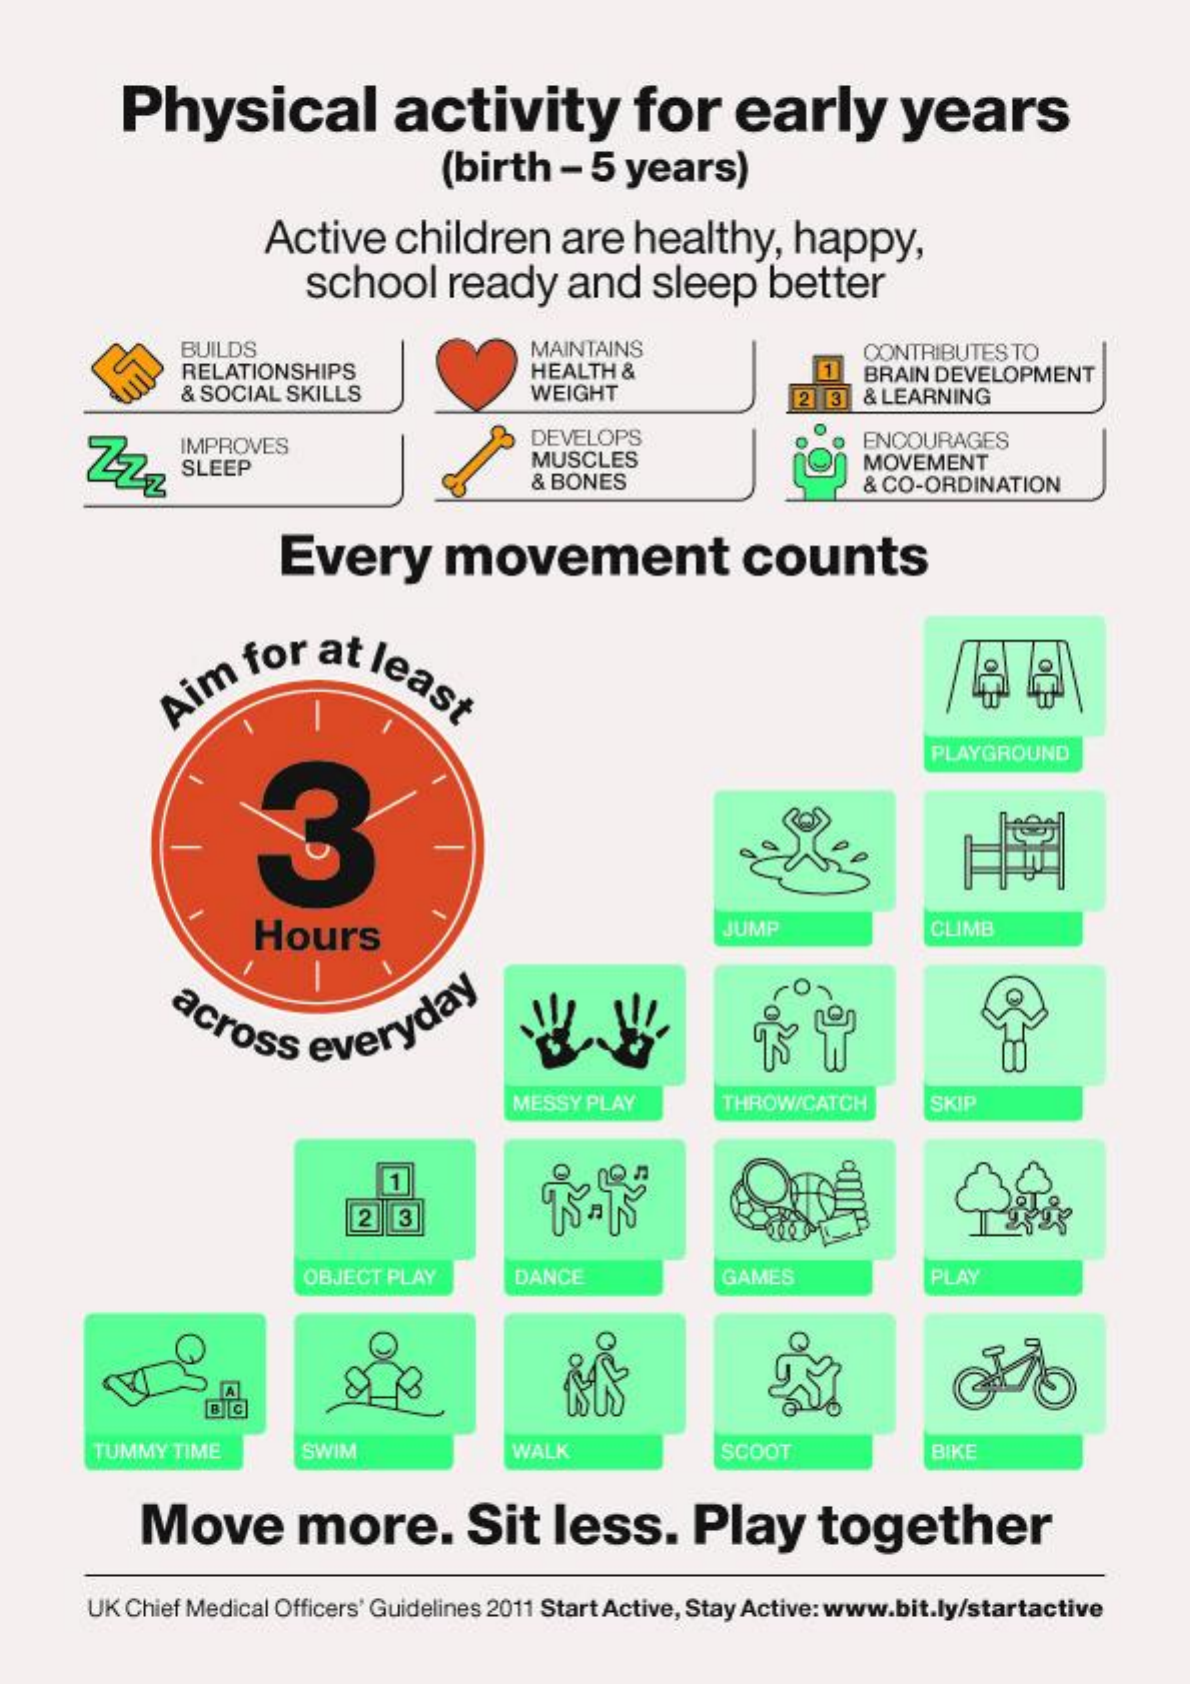
Physical    activity    for    early    years
     (birth   -  5 years)
     Active    children    are  healthy,    happy,
     school    ready    and    sleep    better
     BUILDS
     RELATIONSHIPS
     MAINTAINS    CONTRIBUTESTO
     & SOCIAL SKILLS
     HEALTH &
     WEIGHT
     BRAIN DEVELOPMENT
     2 3  & LEARNING
     IMPROVES    DEVELOPS
     SLEEP    MUSCLES
     ENCOURAGES
     & BONES
     MOVEMENT
     & CO-ORDINATION
     Every    movement    counts
     Aim   for    at  least
     of
     PLAYGROUND
     Hours    JUMP    CLIMB
     across    everyday
     MESSY PLAY    THROW/CATCH    SKIP
     1
     2   3
     OBJECT PLAY    DANCE    GAMES    PLAY
     O
     TUMMY TIME    SWIM    WALK    SCOOT    BIKE
     Move    more.    Sit   less.    Play    together
     UK Chief Medical Officers' Guidelines 2011 Start Active, Stay Active: www.bit.ly/startactive